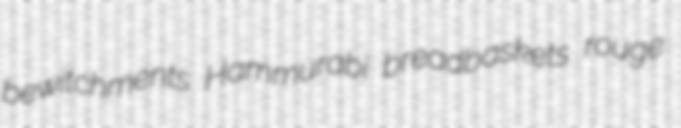
bewitchments Hammurabi breadbaskets rouge